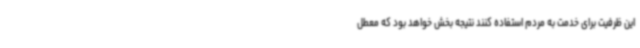
این ظرفیت برای خدمت به مردم استفاده کنند نتیجه بخش خواهد بود که معطل